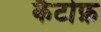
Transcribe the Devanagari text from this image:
कैटोफ़